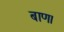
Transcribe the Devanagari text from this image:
बाण।